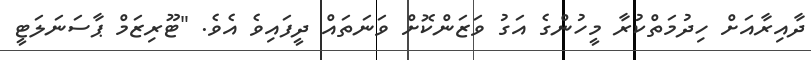
ދާއިރާއަށް ހިދުމަތްކުރާ މީހުންގެ އަގު ވަޒަންކޮށް ވަނަތައް ދީފައިވެ އެވެ. "ޓޫރިޒަމް ޕާސަނަލަޓީ